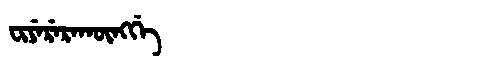
Manchu: ᠸᡳᠶᡝᡵᡝᡵᠠᡴᡡᠩᡤᡝ
Romanization: FIYERERAKŪNGGE